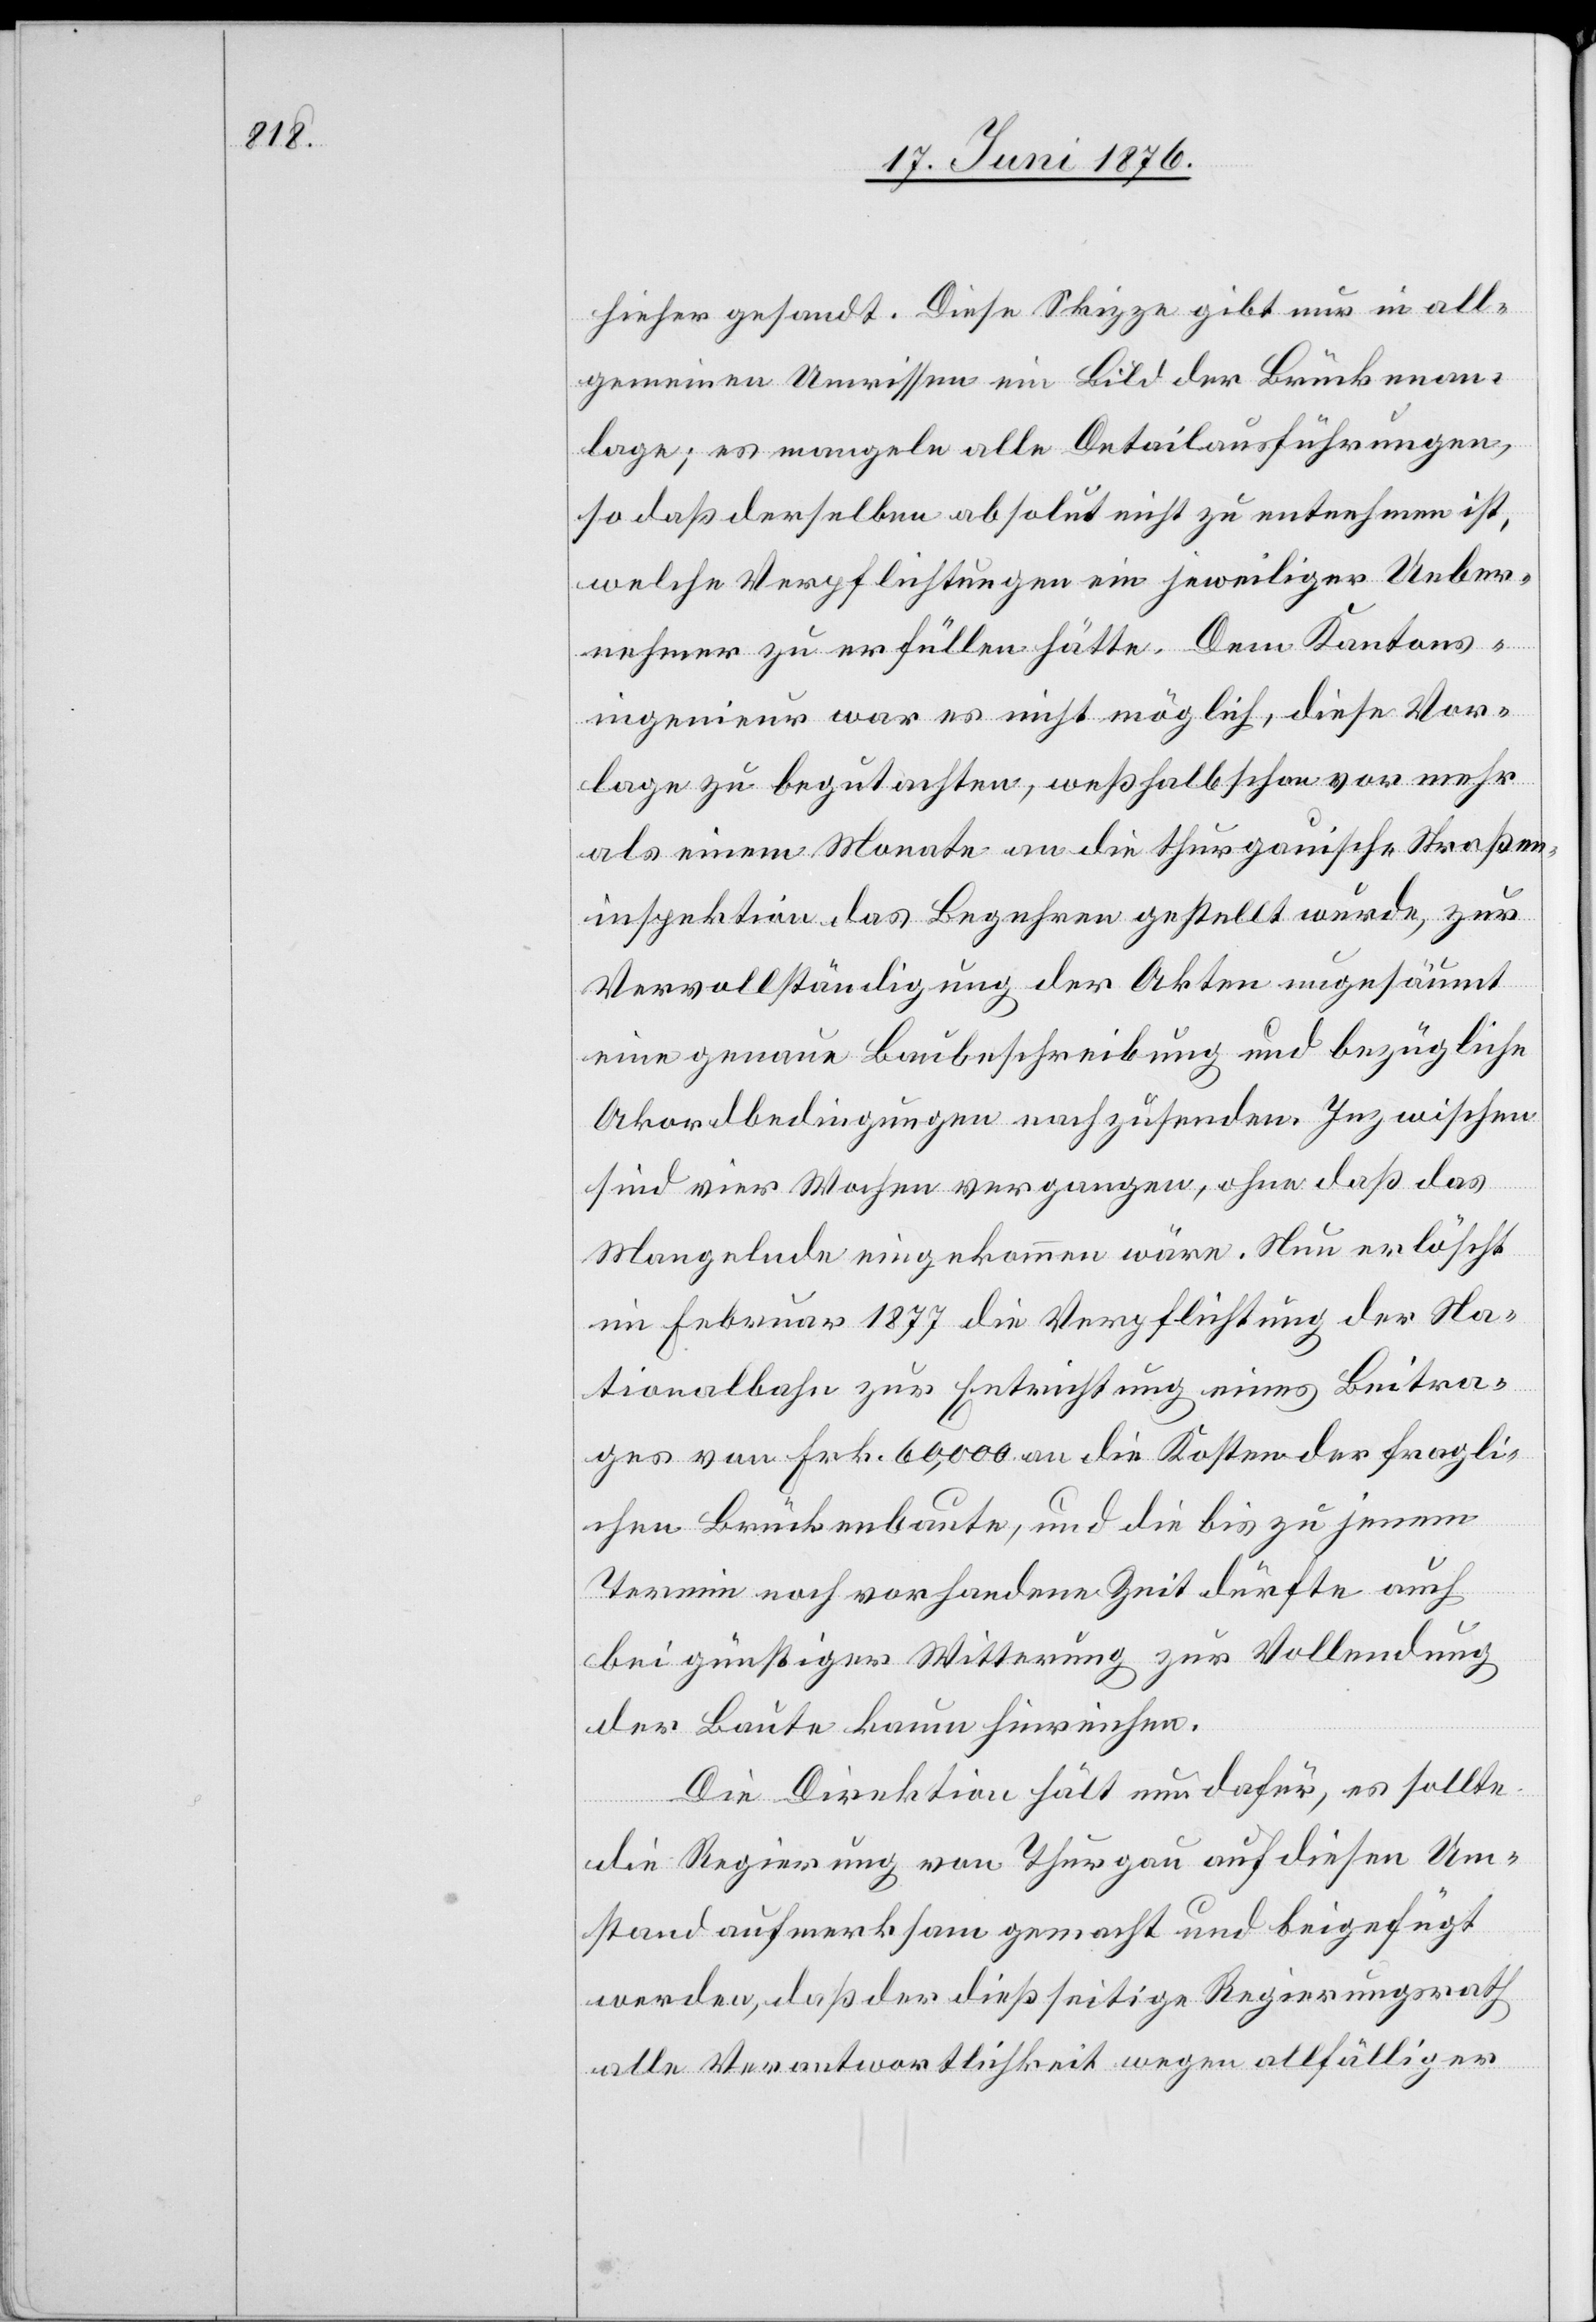
hieher gesandt. Diese Skizze gibt nur in all¬
gemeinen Umrissen ein Bild der Brückenan¬
lage; es mangele alle Detailausführungen,
so daß derselben absolut nicht zu entnehmen ist,
welche Verpflichtungen ein jeweiliger Ueber¬
nehmer zu erfüllen hätte. Dem Kantons¬
ingenieur war es nicht möglich, diese Vor¬
lage zu begutachten, weshalb schon vor mehr
als einem Monate an die thurgauische Straßen¬
inspektion das Begehren gestellt wurde, zur
Vervollständigung der Akten ungesäumt
eine genaue Baubeschreibung und bezügliche
Akordbedingungen nachzusenden. Inzwischen
sind vier Wochen vergangen, ohne daß das
Mangelnde eingekommen wäre. Nun erlöscht
im Februar 1877 die Verpflichtung der Na¬
tionalbahn zur Entrichtung eines Beitra¬
ges von 60,000 an die Kosten der fragli¬
chen Brückenbaute, und die bis zu jenem
Termin noch vorhandene Zeit dürfte auch
bei günstiger Witterung zur Vollendung
der Baute kaum hinreichen.
Die Direktion hält nun dafür, es sollte
die Regierung von Thurgau auf diesen Um¬
stand aufmerksam gemacht und beigefügt
werden, daß der dießseitige Regierungsrath
alle Verantwortlichkeit wegen allfälliger